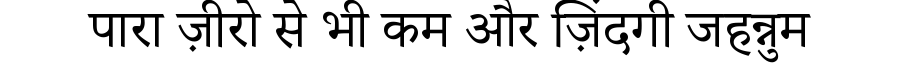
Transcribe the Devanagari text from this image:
पारा ज़ीरो से भी कम और ज़िंदगी जहन्नुम